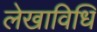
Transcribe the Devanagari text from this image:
लेखाविधि